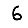
Digit: 6